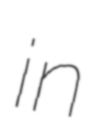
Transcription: in